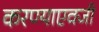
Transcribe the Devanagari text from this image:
करण्याएवजी